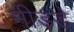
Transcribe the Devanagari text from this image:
मीडडे